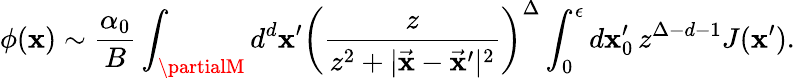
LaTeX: \phi(\mathbf{x})\sim{\frac{{\alpha_{0}}}{{B}}}\int_{\partialM}d^{d}\mathbf{x}^{\prime}\left(\frac{{z}}{{z^{2}+|\vec{{\mathbf{x}}}-\vec{{\mathbf{x}}}^{\prime}|^{2}}}\right)^{\Delta}\int_{0}^{\epsilon}d\mathbf{x}_{0}^{\prime}\, {z}^{\Delta-d-1}J(\mathbf{x}^{\prime}).